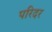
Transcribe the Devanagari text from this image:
परिदर